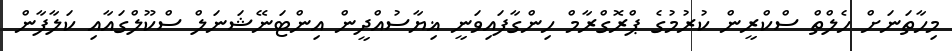
މިހާތަނަށް ހެލްތް ސްކްރީން ކުރުމުގެ ޕްރޮގްރާމް ހިންގާފައިވަނީ ޣިޔާސުއްދީން އިންޓަނޭޝަނަލް ސްކޫލްގައާއި ކަލާފާން